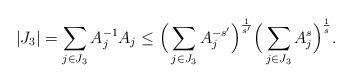
LaTeX: \begin{align*} |J_3| = \sum_{j \in J_3} A_j^{-1} A_j \le \Big(\sum_{j \in J_3} A_j^{-s'}\Big)^{\frac{1}{s'}} \Big(\sum_{j \in J_3} A_j^{s}\Big)^{\frac{1}{s}} .\end{align*}